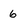
Character: 6